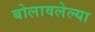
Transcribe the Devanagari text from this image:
बोलावलेल्या